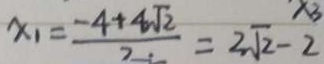
x _ { 1 } = \frac { - 4 + 4 \sqrt { 2 } } { 2 } = 2 \sqrt { 2 } - 2